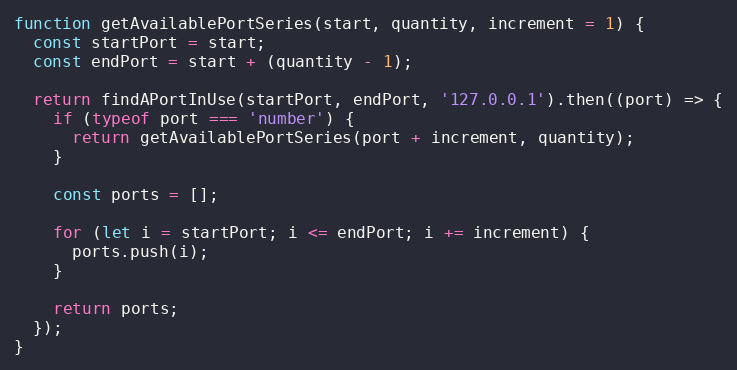
Language: JavaScript
function getAvailablePortSeries(start, quantity, increment = 1) {
  const startPort = start;
  const endPort = start + (quantity - 1);

  return findAPortInUse(startPort, endPort, '127.0.0.1').then((port) => {
    if (typeof port === 'number') {
      return getAvailablePortSeries(port + increment, quantity);
    }

    const ports = [];

    for (let i = startPort; i <= endPort; i += increment) {
      ports.push(i);
    }

    return ports;
  });
}